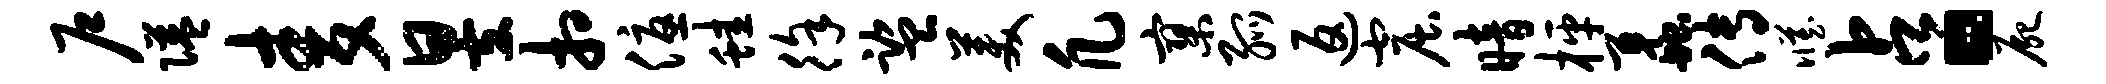
户隘麦昱相优蛙徐监美凡寥弧返窟暗枰蠡传臧占。尸